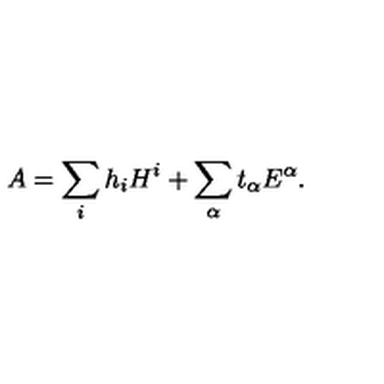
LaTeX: A = \sum _ { i } h _ { i } H ^ { i } + \sum _ { \alpha } t _ { \alpha } E ^ { \alpha } .